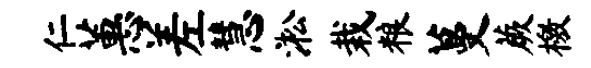
仁蕙差慧淞栽粮蔓蕨檄